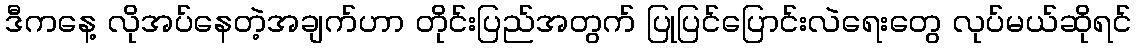
ဒီကနေ့ လိုအပ်နေတဲ့အချက်ဟာ တိုင်းပြည်အတွက် ပြုပြင်ပြောင်းလဲရေးတွေ လုပ်မယ်ဆိုရင်